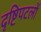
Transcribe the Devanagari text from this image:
दृष्टिपटलों